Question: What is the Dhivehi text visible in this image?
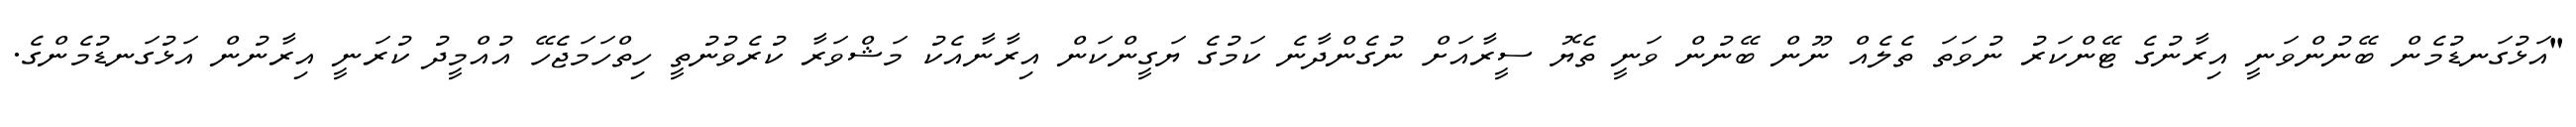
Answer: "އަޅުގަނޑުމެން ބޭނުންވަނީ އިރާނުގެ ޓޭންކަރު ނުވަތަ ތެލެއް ނޫން ބޭނުން ވަނީ ތެޔޮ ސީރާއަށް ނުގެންދާނެ ކަމުގެ ޔަގީންކަން އިރާނާއެކު މަޝްވަރާ ކުރެވުނުތީ ހިތްހަމަޖެހޭ އުއްމީދު ކުރަނީ އިރާނުން އަޅުގަނޑުމެންގެ.